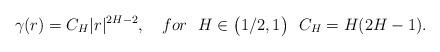
LaTeX: \begin{align*}\gamma(r)= C_H|r|^{2H-2}, \ \ \ for \ \ H\in \big(1/2, 1\big) \ \ C_H= H(2H-1).\end{align*}